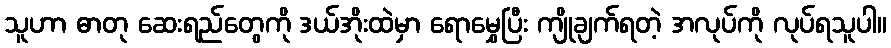
သူဟာ ဓာတု ဆေးရည်တွေကို ဒယ်အိုးထဲမှာ ရောမွှေပြီး ကျိုချက်ရတဲ့ အလုပ်ကို လုပ်ရသူပါ။